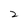
Character: 2